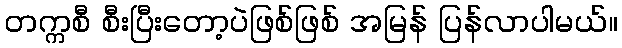
တက္ကစီ စီးပြီးတော့ပဲဖြစ်ဖြစ် အမြန် ပြန်လာပါမယ်။